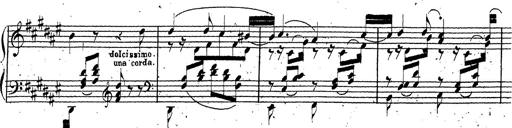
Title: Canzone Napolitana
Composer: Franz Liszt